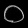
Digit: ၀